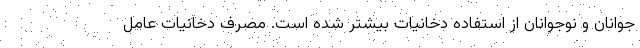
جوانان و نوجوانان از استفاده دخانیات بیشتر شده است. مصرف دخانیات عامل